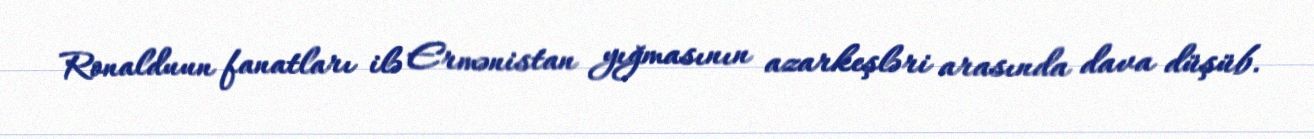
Ronalduun fanatları ilə Ermənistan yığmasının azarkeşləri arasında dava düşüb.